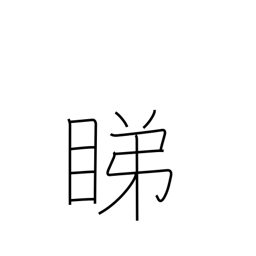
Meaning: looking askance at